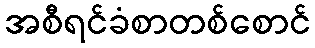
အစီရင်ခံစာတစ်စောင်